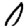
Digit: 0